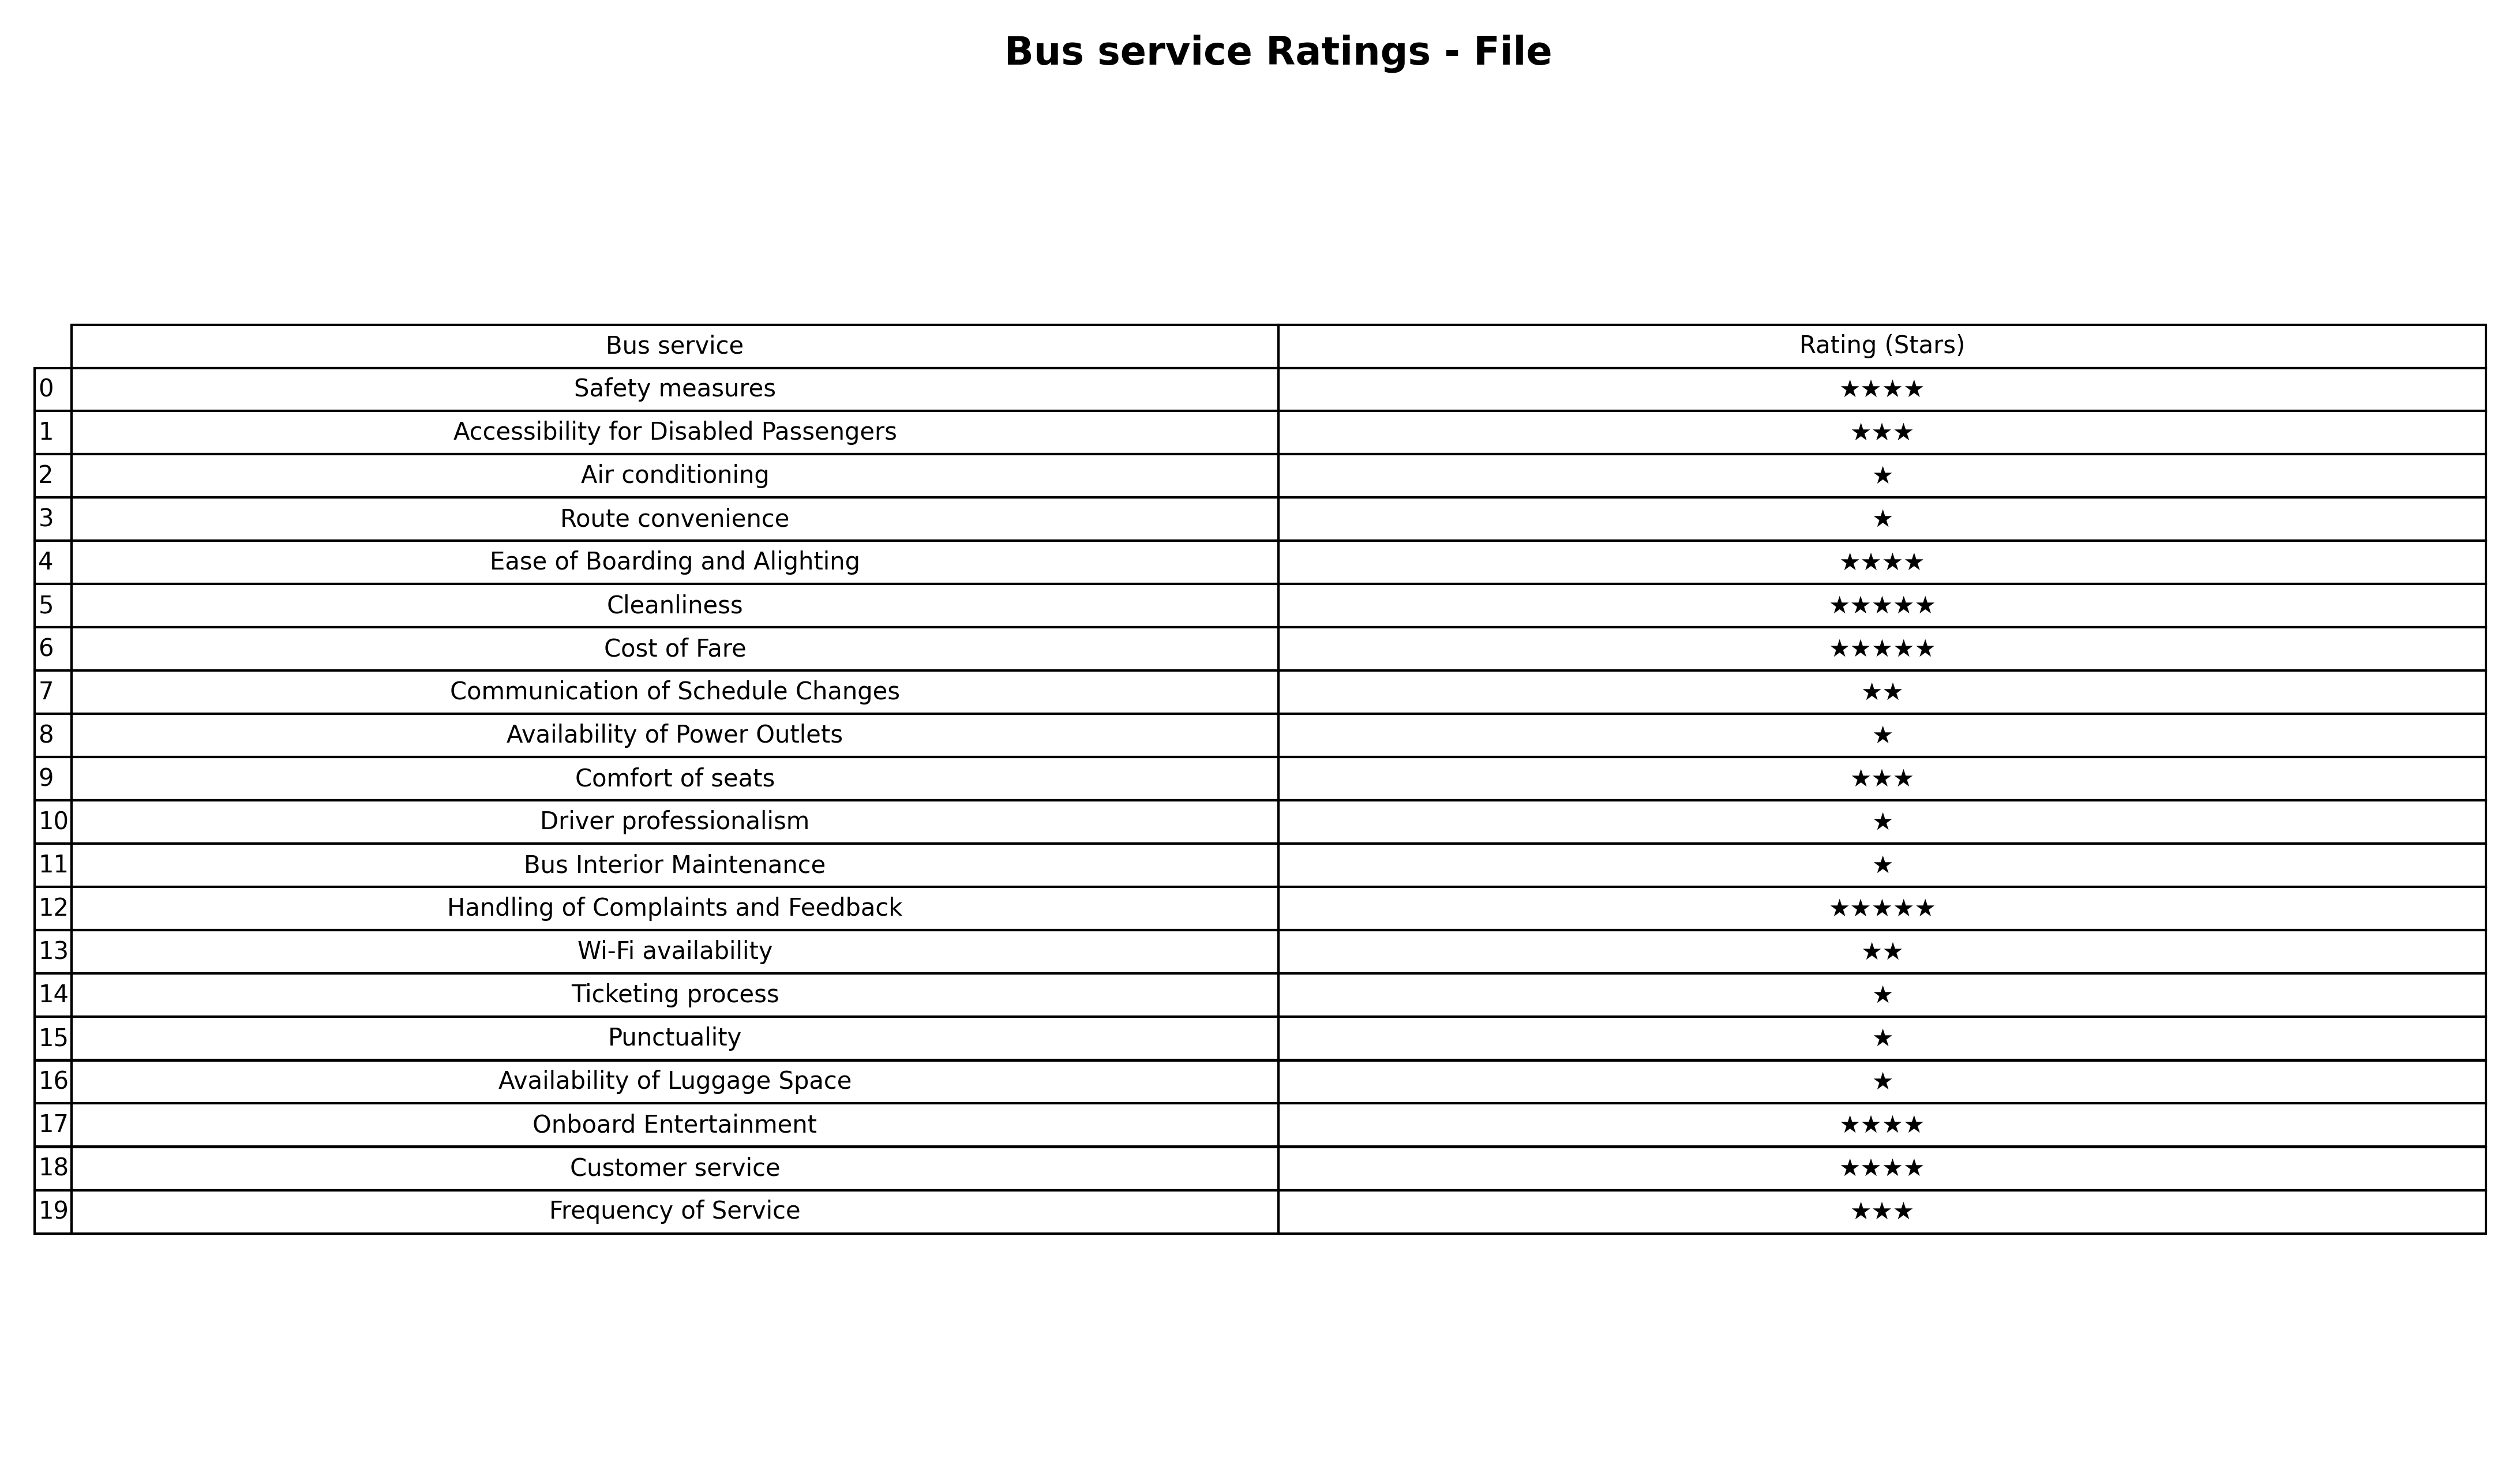
question: What is the rating of Availability of Power Outlets?
answer: ★